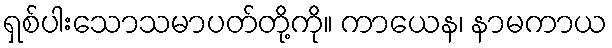
ရှစ်ပါးသောသမာပတ်တို့ကို။ ကာယေန၊ နာမကာယ